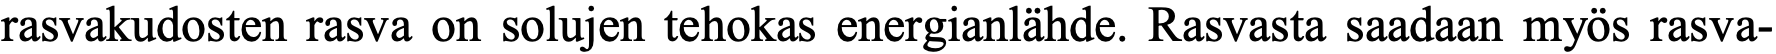
rasvakudosten rasva on solujen tehokas energianlähde. Rasvasta saadaan myös rasva-